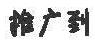
推广到